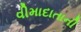
વીમાદાતાની